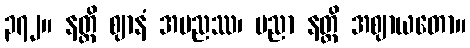
၃၇၂။ နတ္ထိ ဈာနံ အပညဿ၊ ပညာ နတ္ထိ အဈာယတော။